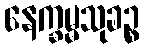
နေက္ခမ္မသုခဉ္စ